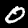
Digit: 0